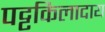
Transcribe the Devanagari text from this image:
पट्टकिलादाय